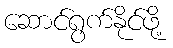
ဆောင်ရွက်နိုင်ဖို့